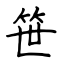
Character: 笹